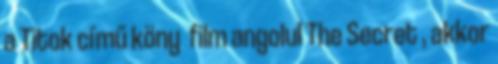
a Titok című köny film angolul The Secret , akkor